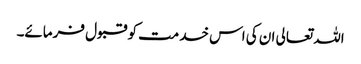
اللہ تعالی ان کی اس خدمت کو قبول فرمائے۔